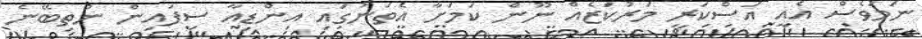
ނަމަވެސް އެއީ އަސްކަރީ މަރުކަޒެއް ނޫން ކަމަށާ އެތަނުގައި އިންޑިއާ ސިފައިން ނުތިބޭނެ